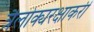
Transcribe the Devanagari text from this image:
त्रैलोक्यरक्षाकरी